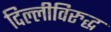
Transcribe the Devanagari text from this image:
दिल्लीविरुद्ध